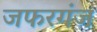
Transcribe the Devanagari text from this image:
जफरगंज